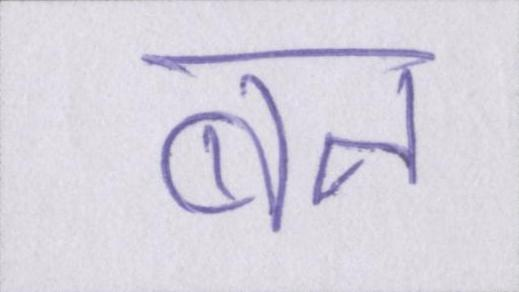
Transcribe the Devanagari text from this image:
बना